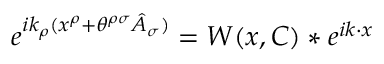
e ^ { i k _ { \rho } ( x ^ { \rho } + \theta ^ { \rho \sigma } \hat { A } _ { \sigma } ) } = W ( x , C ) \ast e ^ { i k \cdot x }